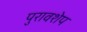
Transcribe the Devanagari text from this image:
पुरावशेप